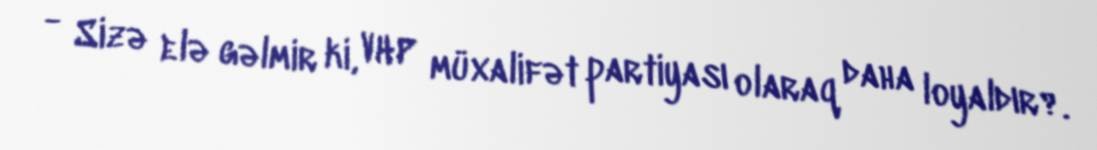
- Sizə elə gəlmir ki, VHP müxalifət partiyası olaraq daha loyaldır?.